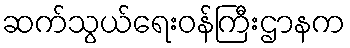
ဆက်သွယ်ရေးဝန်ကြီးဌာနက